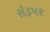
રોડપર